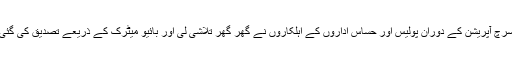
سرچ آپریشن کے دوران پولیس اور حساس اداروں کے اہلکاروں نے گھر گھر تلاشی لی اور بائیو میٹرک کے ذریعے تصدیق کی گئی۔